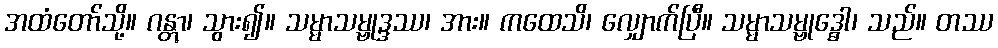
အထံတော်သို့။ ဂန္တွာ၊ သွား၍။ သမ္မာသမ္ဗုဒ္ဒဿ၊ အား။ ကထေသိ၊ လျှောက်ပြီ။ သမ္မာသမ္ဗုဒ္ဓေါ၊ သည်။ တဿ